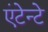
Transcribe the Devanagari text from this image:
एंटेन्टे